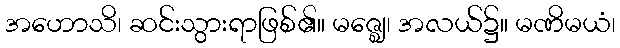
အဟောသိ၊ ဆင်းသွားရာဖြစ်၏။ မဇ္ဈေ၊ အလယ်၌။ မဏိမယံ၊